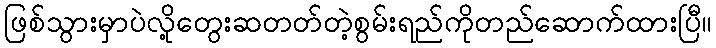
ဖြစ်သွားမှာပဲလို့တွေးဆတတ်တဲ့စွမ်းရည်ကိုတည်ဆောက်ထားပြီ။